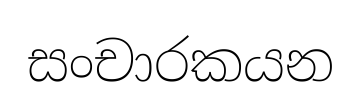
සංචාරකයන